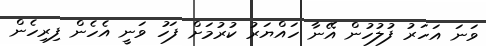
ވަނަ އަހަރު ފުލުހުން އޭނާ ހައްޔަރު ކުރުމަށް ފަހު ވަނީ އެހެން ފިރިހެން